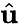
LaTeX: \hat{\mathbf{u}}